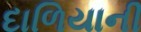
દાળિયાની